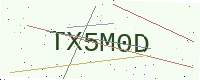
Text: TX5M0D